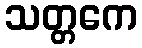
သတ္တကေ